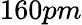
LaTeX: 160pm